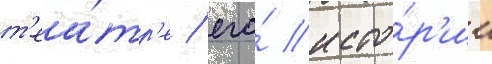
т'еа́тр'е / его́ исто́р'ии